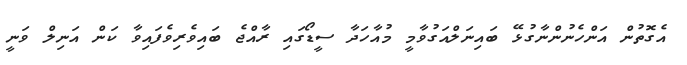
އެގޮތުން އަންހެނުންނާގުޅޭ ބައިނަލްއަގުވާމީ މުއާހަދާ ސީޑޯގައި ރާއްޖެ ބައިވެރިވެފައިވާ ކަން އަނިލް ވަނީ